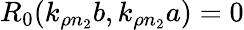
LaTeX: R_{0}(k_{\rho n_{2}}b,k_{\rho n_{2}}a)=0